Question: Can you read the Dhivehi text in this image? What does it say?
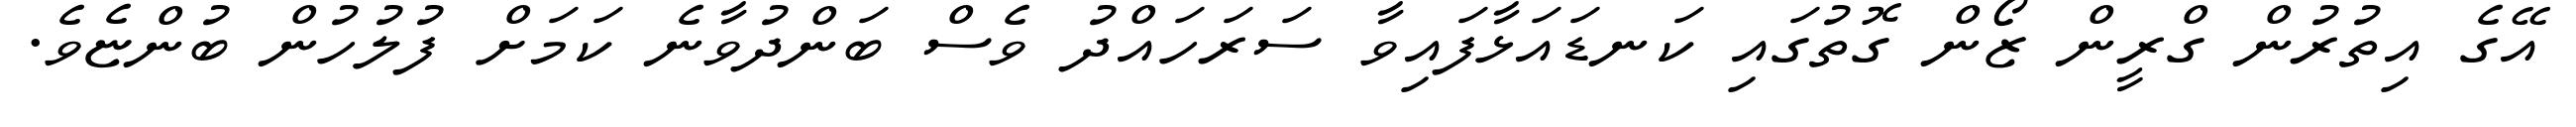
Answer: އޭގެ އިތުރުން ގްރީން ޒޯން ގޮތުގައި ކަނޑައަޅާފައިވާ ސަރަހައްދު ވެސް ބަންދުވާނެ ކަމަށް ފުލުހުން ބުންޏެވެ.